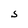
Character: S